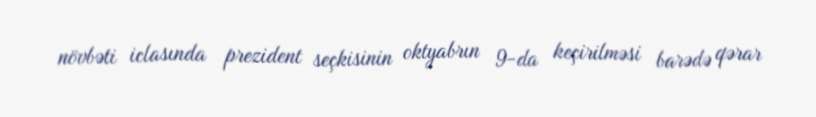
növbəti iclasında prezident seçkisinin oktyabrın 9-da keçirilməsi barədə qərar